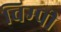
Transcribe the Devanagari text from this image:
विम्पी